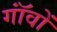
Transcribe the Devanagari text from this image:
गॉंवों